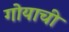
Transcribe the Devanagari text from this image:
गोयाची